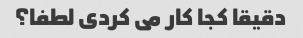
دقیقا کجا کار می کردی لطفا؟